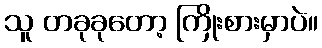
သူ တခုခုတော့ ကြိုးစားမှာပဲ။